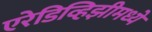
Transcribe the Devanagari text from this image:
एरेडिव्हिझीमध्ये